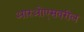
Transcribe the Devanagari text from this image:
आरओएसवरील